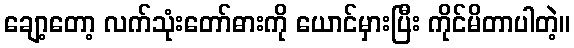
ချော့တော့ လက်သုံးတော်ဓားကို ယောင်မှားပြီး ကိုင်မိတာပါတဲ့။